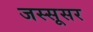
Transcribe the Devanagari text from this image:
जस्सूसर